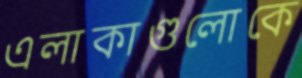
এলাকাগুলোকে